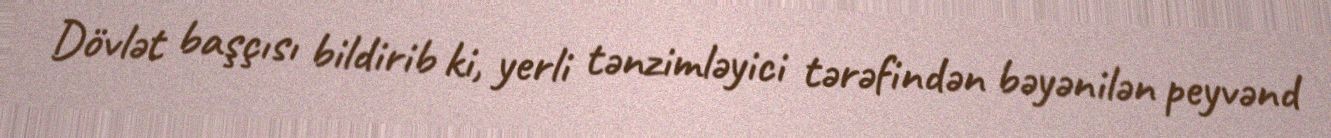
Dövlət başçısı bildirib ki, yerli tənzimləyici tərəfindən bəyənilən peyvənd